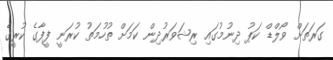
ގަރަތަށް ވޯލްޑް ކަޕު ދިނުމުގައި ރިޝަވަރުދިން ކަމަށް ތުހުމަތު ކުރަނީ ފީފާގެ ކުރީގެ